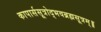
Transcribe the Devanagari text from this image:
कापार्ससूत्रोद्भवब्रह्मसूत्रम्॥